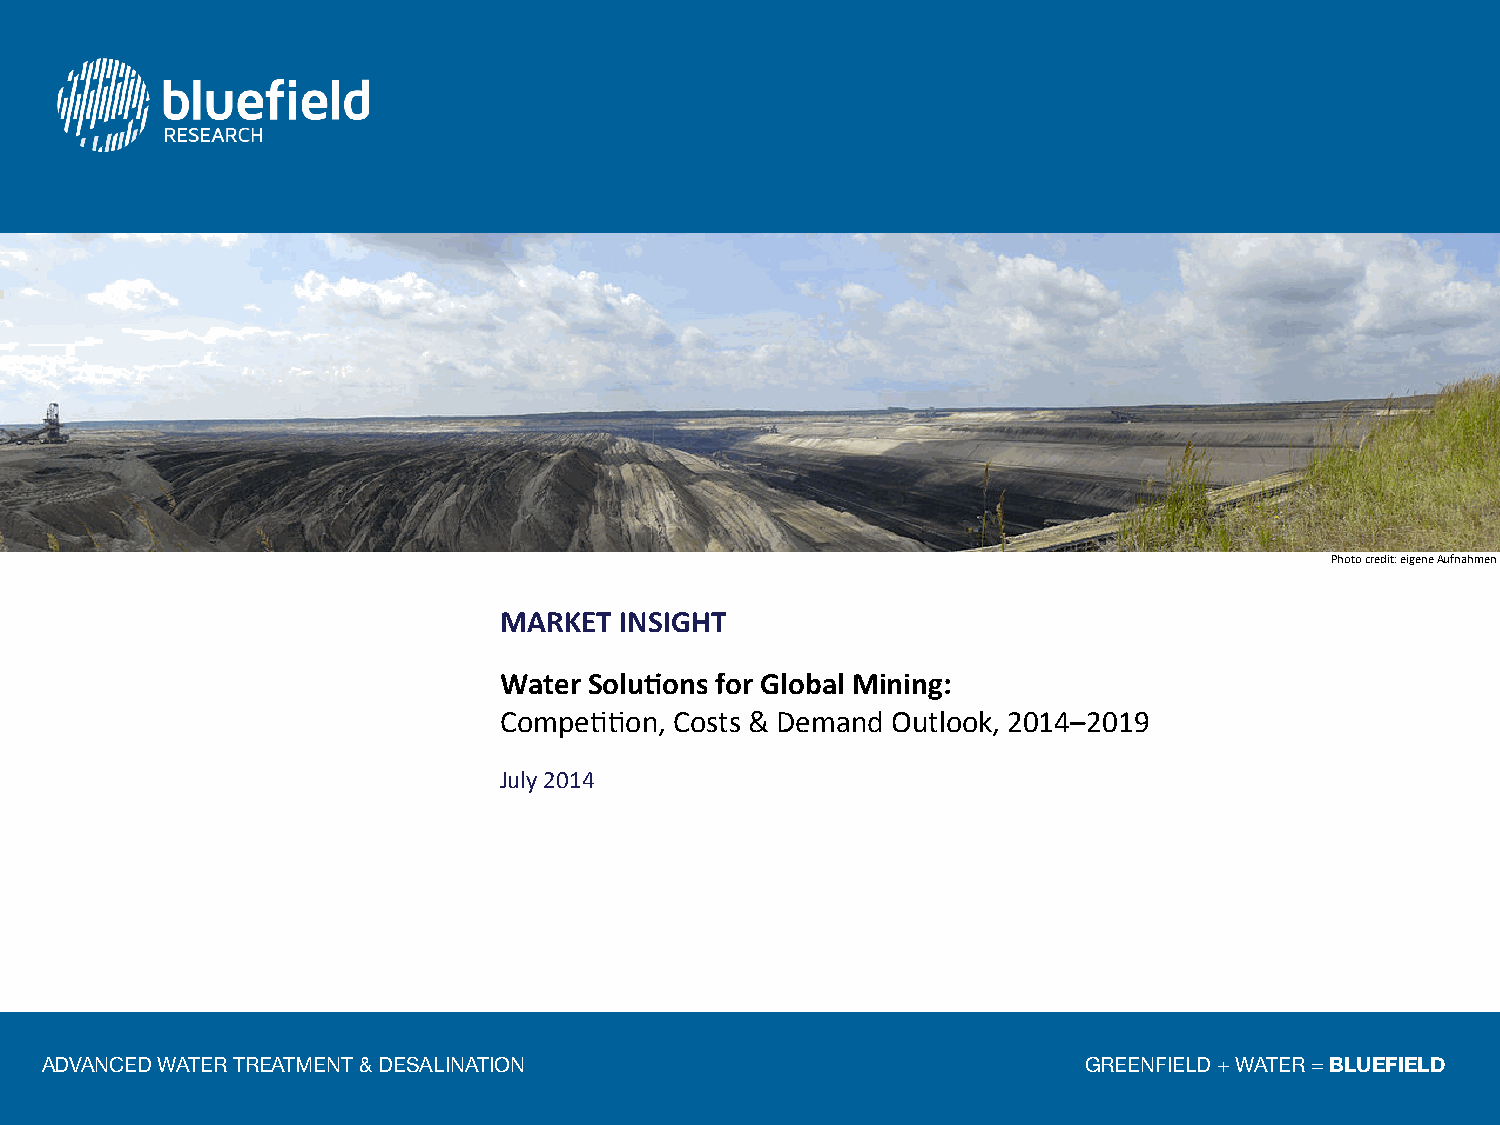
Photo%credit:%eigene%Aufnahmen%
 MARKET'INSIGHT%
 Water'Solu5ons'for'Global'Mining:''
 Compe55on,%Costs%&%Demand%Outlook,%2014–2019%
 July%2014%
 ADVANCED WATER TREATMENT & DESALINATION                              GREENFIELD + WATER = BLUEFIELD